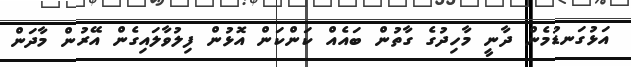
އަޅުގަނޑުމެން ދާނީ މާހިދުގެ ގާތުން ބައެއް ކަންކަން އޮޅުން ފިލުވާލައިގެން އޭރުން މާދަން